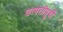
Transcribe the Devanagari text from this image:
उत्पत्तीपूर्वी